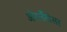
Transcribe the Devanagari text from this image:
ओरलँडोसह